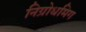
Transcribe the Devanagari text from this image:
निग्रोधमिग